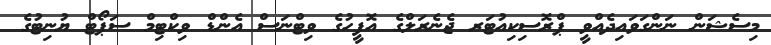
މިސެޝަން ނަންގަވައިދެއްވީ ޕްރޮސިކިއުޓަރ ޖެނެރަލްގެ އޮފީހުގެ ވިޓްނަސް އެންޑް ވިކްޓިމް ސަޕޯޓް ޔުނިޓުގެ